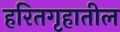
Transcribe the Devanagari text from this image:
हरितगृहातील